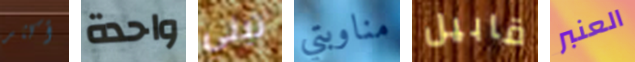
أكثر واحدة تبني مناوبتي قابيل العنبر